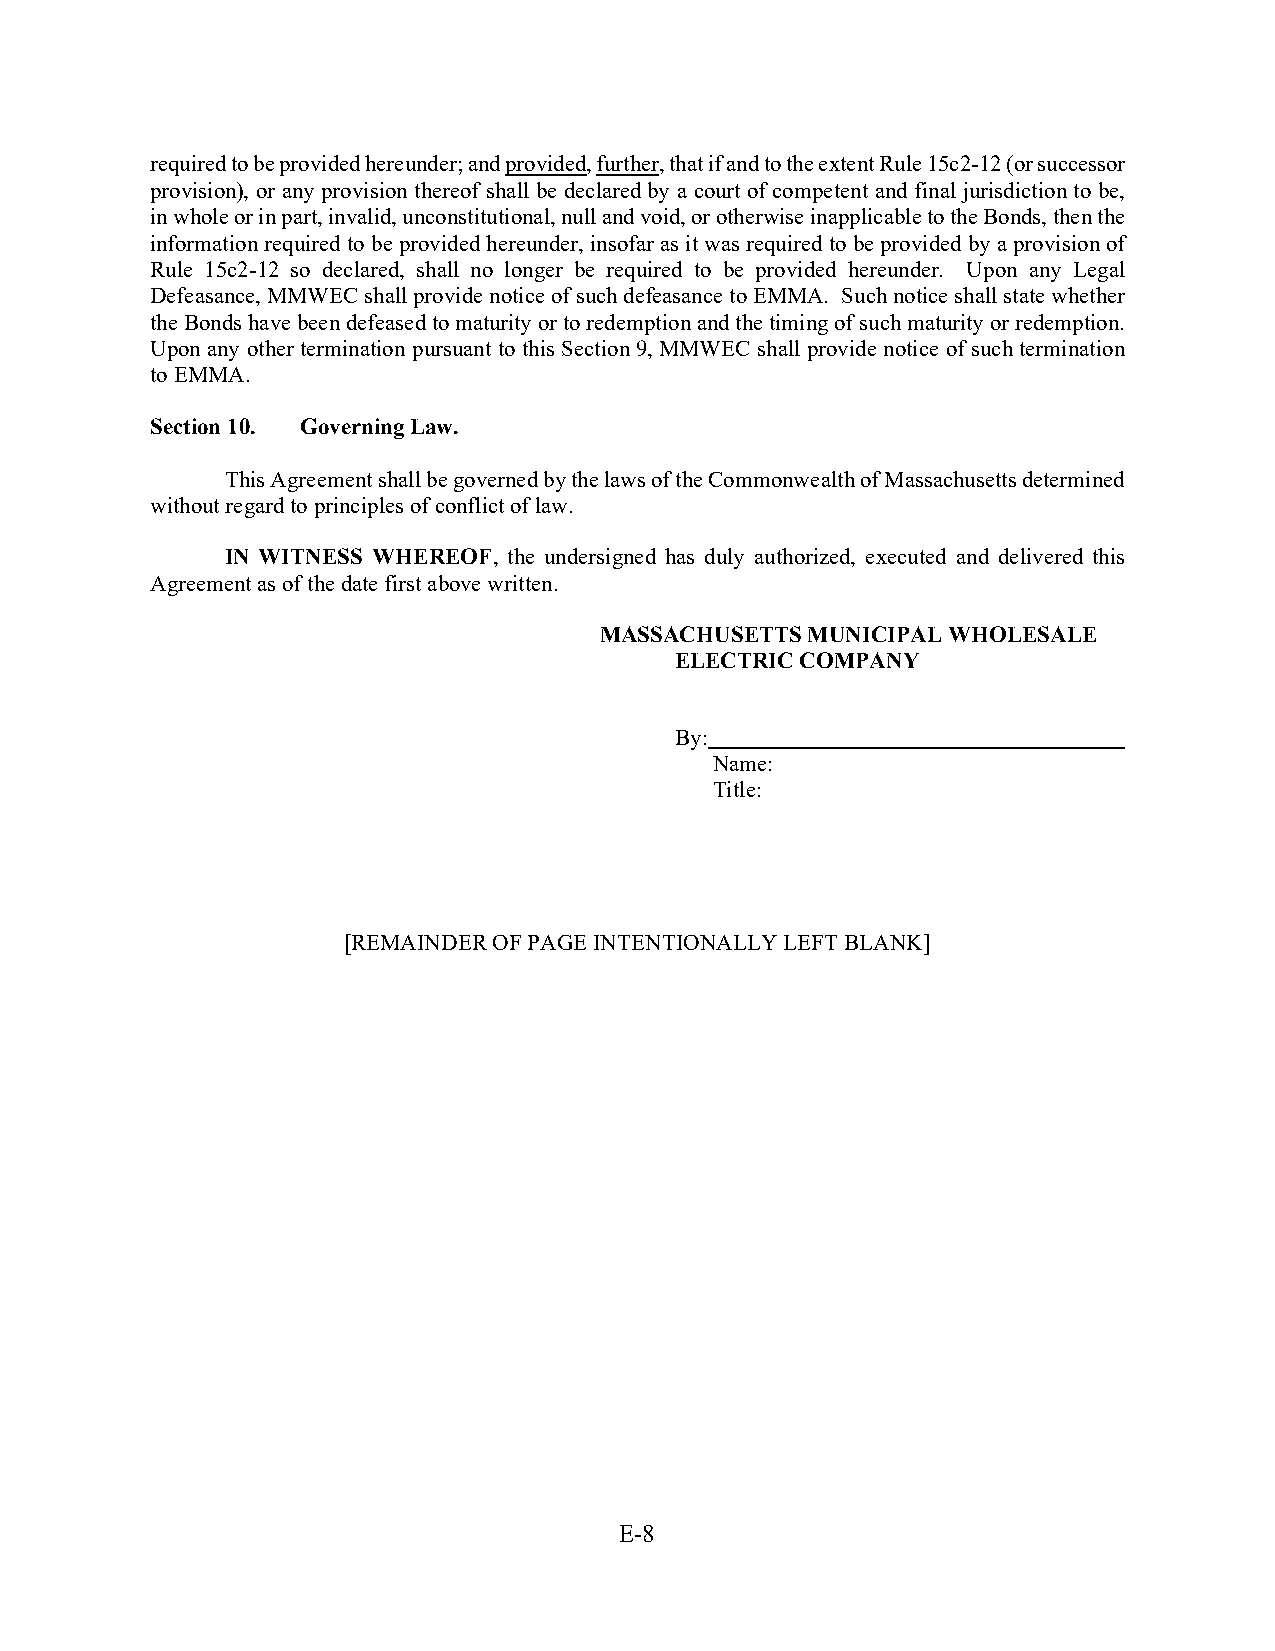
required to be provided hereunder; and provided, further, that if and to the extent Rule 15c2-12 (or successor
 provision), or any provision thereof shall be declared by a court of competent and final jurisdiction to be,
 in whole or in part, invalid, unconstitutional, null and void, or otherwise inapplicable to the Bonds, then the
 information required to be provided hereunder, insofar as it was required to be provided by a provision of
 Rule 15c2-12 so declared, shall no longer be required to be provided hereunder. Upon any Legal
 Defeasance, MMWEC shall provide notice of such defeasance to EMMA. Such notice shall state whether
 the Bonds have been defeased to maturity or to redemption and the timing of such maturity or redemption.
 Upon any other termination pursuant to this Section 9, MMWEC shall provide notice of such termination
 to EMMA.
 Section 10. Governing Law.
 This Agreement shall be governed by the laws of the Commonwealth of Massachusetts determined
 without regard to principles of conflict of law.
 IN WITNESS WHEREOF, the undersigned has duly authorized, executed and delivered this
 Agreement as of the date first above written.
 MASSACHUSETTS MUNICIPAL WHOLESALE
 ELECTRIC COMPANY
 By:
 Name:
 Title:
 [REMAINDER OF PAGE INTENTIONALLY LEFT BLANK]
 E-8